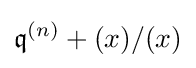
{\mathfrak {q}}^{(n)}+(x)/(x)